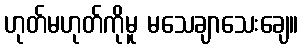
ဟုတ်မဟုတ်ကိုမူ မသေချာသေးချေ။